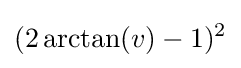
(2\arctan(v)-1)^{2}